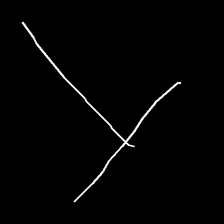
Glyph: column